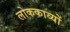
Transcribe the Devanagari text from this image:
लोककाव्यों